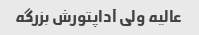
عالیه ولی آداپتورش بزرگه